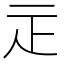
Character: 𤴕